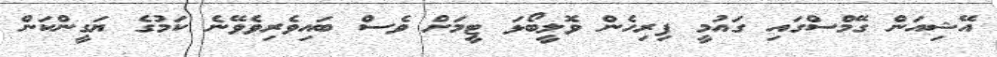
އޭޝިއަން ގޭމްސްގައި ގައުމީ ފިރިހެން ވޮލީބޯޅަ ޓީމަށް ވެސް ބައިވެރިވެވޭނެ ކަމުގެ ޔަގީންކަން